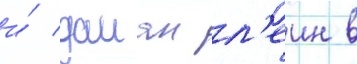
и́ даиан л'еин в